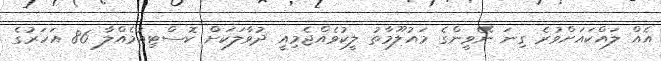
އެއް ލައްކައަށްވުރެ ގިނަ ނޭވީންގެ މައުލޫމާތު ލީކުވެއްޖެމިއީ ދުވާލަކަށް ކޮސްޓިއުމެއްލާ 86 އަހަރުގެ